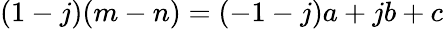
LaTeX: (1-j)(m-n)=(-1-j)a+jb+c